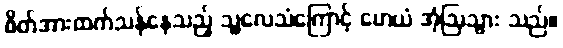
စိတ်အားထက်သန်နေသည့် သူ့လေသံကြောင့် ဟေယံ အံ့ဩသွား သည်။